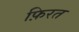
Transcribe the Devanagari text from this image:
फ़िरत